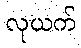
လုယက်